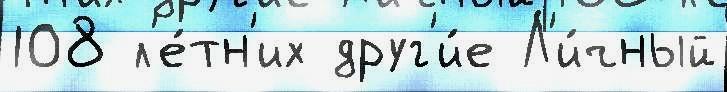
108 л'е́тн'их друг'и́е Л'и́чный